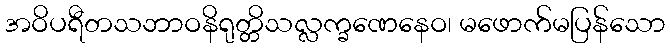
အဝိပရီတသဘာဝနိရုတ္တိသလ္လက္ခဏေနေဝ၊ မဖောက်မပြန်သော